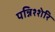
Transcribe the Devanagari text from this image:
पन्निश्शेरि